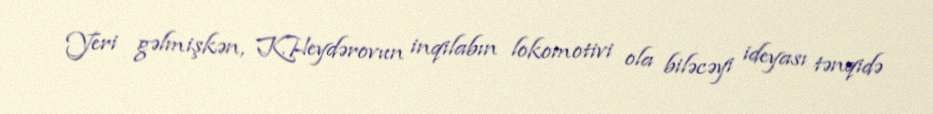
Yeri gəlmişkən, K.Heydərovun inqilabın lokomotivi ola biləcəyi ideyası tənqidə